Report on certain features of malaria in the island of Salsette
Disease focus: Malaria
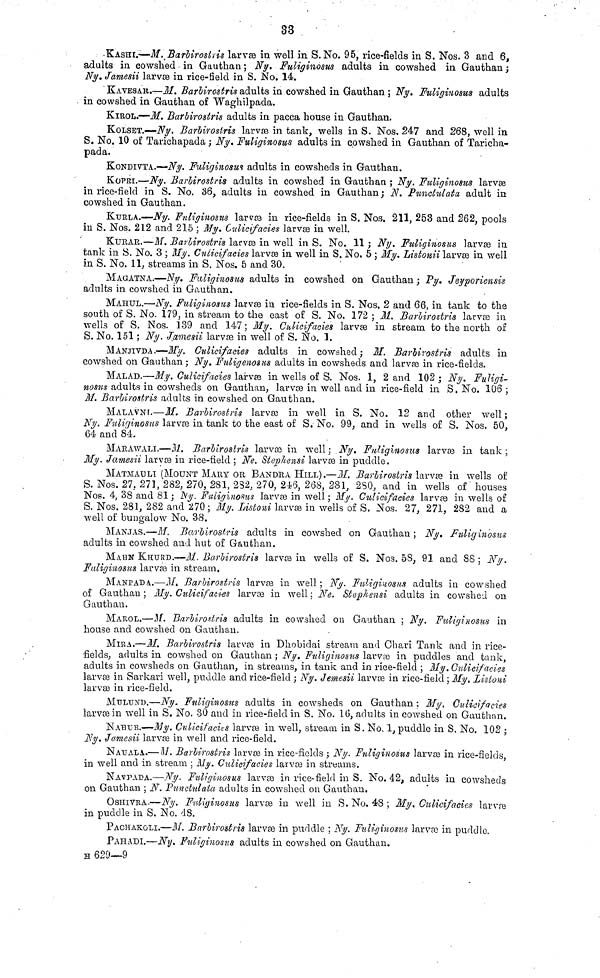
33
-KASHi.—M._Barlirostïis larvæ in well in S.No. 95, rice-fields in S. Nos. 3 and 6,
adults in cowshed in Gauthan ; Ny. Fuliginosus adults in cowshed in Gauthan ;
Ny. Jamesii larvæ in rice-field in S. No. 14.
KAVESAK.—M. Barlirostris adults in cowshed in Gauthan ; Ny. Fuliginosus adults
in cowshed in Gauthan of Waghilpada.
KIROL.—M. Barlirostris adults in pacca house in Gauthan.
KOLSET.—Ny. Barlirostris larvæ in tank, wells in S. Nos, 247 and 268, well in
S. No. 10 of Tarichapada; Ny. Fuliginosus adults in cowshed in Gauthan of Taricha-
pada.
KONDIVTA.—Ny. Fuliginosus adults in cowsheds in Gauthan.
KOPRI.—Ny. Barlirostris adults in cowshed in Gauthan ; Ny. Fuliginosus larvæ
in rice-field in S. No. 36, adults in cowshed in Gauthan ; N. Puncluiata adult in
cowshed in Gauthan.
KuRLA.—Ny. Fuliginosus larvæ in rice-fields in S, Nos. 211, 253 and 262, pools
m S. Nos. 212 and 215 ; My. Gulicifacies larvæ in well.
KURAR.—M. Barlirostris larvæ in well in S. No. 11 ; Ny. Fuliginosus larvæ in
tank in 8. No. 3 ; My. Culicifacies larvæ in well in S. No, 5 ; My. Listonii larvæ in well
in S. No. 11, streams in S. Ños. 5 and 30.
MAGATNA.—Ny, Fuliginosus adults in cowshed on Gauthan ; Py. Jeyporiensis
adults in cowshed in Gauthan.a
MAIIUL.—Ny. Fuliginosus larvæ in rice-fields in S. Nos. 2 and 66, in tank to the
south of S. No. 179, in stream to the east of S. No. 172 ; M. Barlirostris larvæ in
wells of S. Nos. 139 and 147 ; My. Culicifacies larvæ in stream to the north of
S. No. 151 ; Ny. Jamesii larvae in well of S. No. 1.
MANJIVDA.—My, Culicifacies adults in cowshed; M. Barlirostris adults in
cowshed on Gauthan; Ny, Fuligenosus adults in cowsheds and larvae in rice-fields.
MALAD.—My. Culicifacies larvæ in wells of S. Nos. 1, 2 and 102 Ny. Fuligi-
nosus adults in cowsheds on Gauthan, larvæ in well and in rice-field in S.No. 106;
M. Barlirostris adults in cowshed on Gauthan.
MALAVNI.—M. Barlirosbris larvæ in well in S. No. 12 and other well;
Ny. Fuliyinosus larvæ in tank to the east of S. No. 99, and in wells of S. Nos. 50,
64 and 84,
MARAWALI.—M. Barlirostris larvce in well ; Ny. Fuliginosus larvæ in tank ;
My. Jamesii larvæ in rice-field ; Ne. Slephensi larvæ in puddle,
MATMAULI (MOUNT MARY OR BANDRA HILL).—M. Bariirostris larvæ in wells of
S. Nos. 27. 271, 282, 270, 281, 282, 270, 248, 268, 281, 2SO, and in wells of'houses
Nos. 4, 38 and 81 ; N'y. Fuliginosus larvæ in well ; My. Culicifacies larvæ in wells of
S. Nos. 281, 282 and 270; My. Usloni larvæ in wells'of S, Nos. 27, 271, 282 and a
well of bungalow No. 38.
MANJAS.—M. Barlirostris adults in cowshed on Gauthan ; Ny. Fuliginosus
adults in cowshed and hut of Gauthan.
MAHN KHURD.—M. Barlirostris larv in wells of S. Nos. 58, 91 and 88; Ny.
Fuliginosus larvæ in stream.
MANPADA..—M, Barlirostris larvas in well ; Ny. Fuliginosus adults in cowshed
of Gauthan ; My. Culicifacies larvæ in well ; Ne. StepJt-ensi adults in cowshed on
Gau than.
MAROL.—M. Barliroslris adults in cowshed on Gauthan ; Ny. Fuliginosus in
house and cowshed on Gauthan.
MIRA.—-M. Barlirostris larvas in Dhobidai stream and Ohari Tank and in rice-
fields, adults in cowshed on Gauthan ; Ny. Fuliginosus larvœ in puddles and tank,
adults in cowsheds on Gauthan, in streams, in tank and in rice-field ; My. Oulicifacies
larvas in Savkari well, puddle and rice-field ; Ny. Jemesii larvas in rice-field ; Ny, Listoni
larvæ in rice-field.
MULTJND.—Ny. Fuliginosus adults in cowsheds on Gauthan ; My. Oulicifacies
larvas in well in S. No. 30 and in rice-field in S. No. 10, adults in cowshed on Gauthan.
NAHUR.—-My. Culidfacits larvas in well, stream in S, No 1, puddle in S. No. 102 ;
Ny. Jamesii larvas in well and rice-field.
NAUALA..— M. Barlirostris larvæ in rice-fields ; Ny, Fuliginosiis larvæ in rice-fields,
in well and in stream ; My. Culicifacies larvæ in streams.
NAVPADA.—Ny. Fuliginosas larvae in rice-field in S. No. 42, adults in cowsheds
on Gauthan ; N. Punctulata adults in cowshed on Gauthan.
OSHIVRA.—Ny. Fuliyinosus larvæ in well in S. No. 48 ; My. Culicifacies larvæ
in puddle in S. No. 48.
PACHAKOLI.—M. Barlirostris larvæ in puddle ; Ny. Fuliginosus larvæ in puddle.
PAH ADI.—Ny. Fuliginosus adults in cowshed on Gauthan.
H 629—9